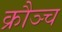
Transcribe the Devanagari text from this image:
क्रौञ्च